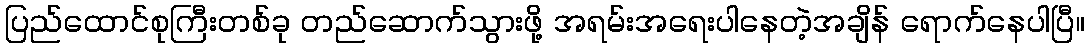
ပြည်ထောင်စုကြီးတစ်ခု တည်ဆောက်သွားဖို့ အရမ်းအရေးပါနေတဲ့အချိန် ရောက်နေပါပြီ။